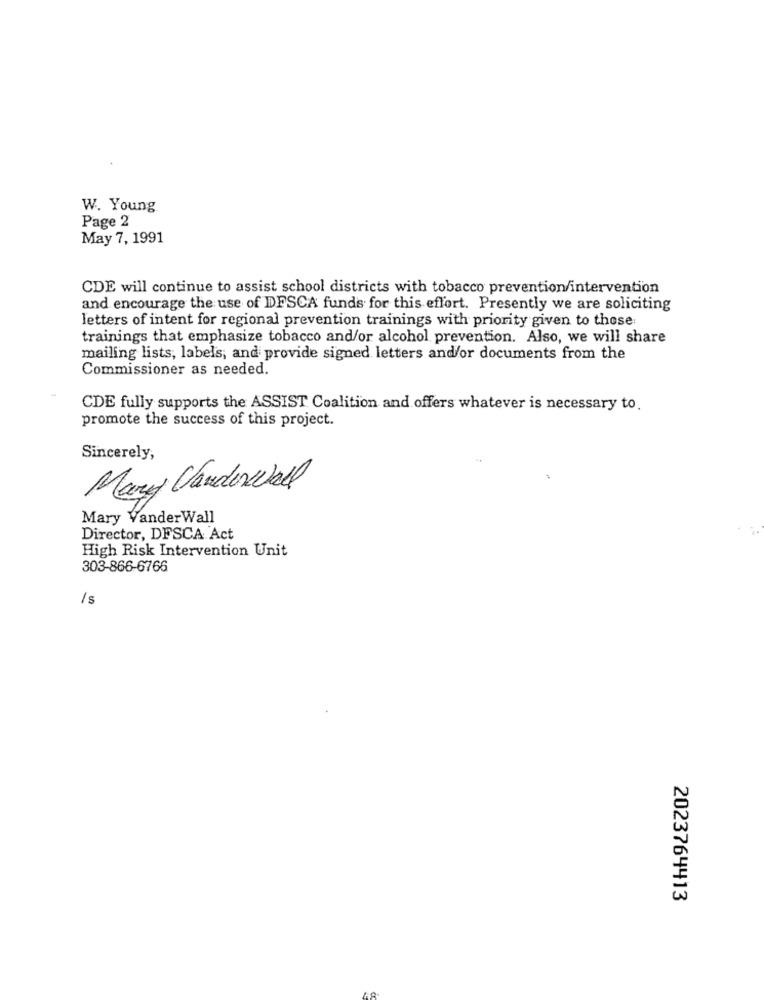
W. Young
Page 2
May 7, 1991
CDE will continue to assist school districts with tobacco prevention/intervention
and encourage the use of DFSCA funds for this effort. Presently we are soliciting
letters of intent for regional prevention trainings with priority given to those
trainings that emphasize tobacco and/or alcohol prevention. Also, we will share
mailing lists, labels, and provide signed letters and/or documents from the
Commissioner as needed.
CDE fully supports the ASSIST Coalition and offers whatever is necessary to.
promote the success of this project.
Sincerely,
Mary Candowall
Mary VanderWall
Director, DFSCA Act
High Risk Intervention Unit
303-866-6766
/s
2023764413